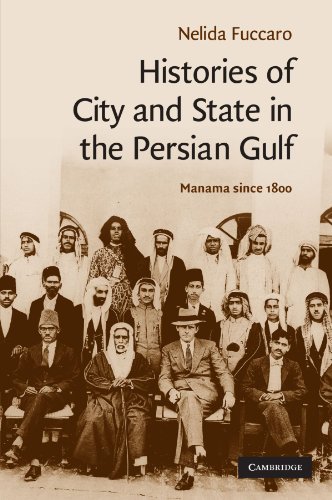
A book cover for Histories of City and State in the Persian Gulf: Manama since 1800 (Cambridge Middle East Studies); Nelida Fuccaro; History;